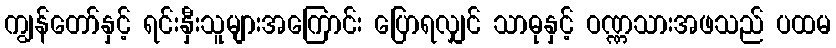
ကျွန်တော်နှင့် ရင်းနှီးသူများအကြောင်း ပြောရလျှင် သာဓုနှင့် ဝဏ္ဏသားအဖသည် ပထမ